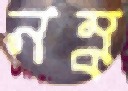
নম্র্র